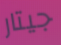
جيتار